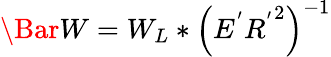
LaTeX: \Bar{W}=W_{L}*\left(E^{'}{R^{'}}^{2}\right)^{-1}